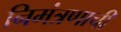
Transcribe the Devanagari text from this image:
निमंत्रणाची